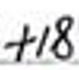
$+18$